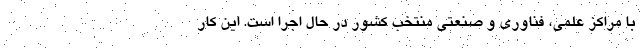
با مراکز علمی، فناوری و صنعتی منتخب کشور در حال اجرا است. این کار